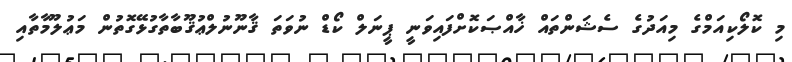
މި ކޮލޯކިއަމްގެ މިއަދުގެ ސެޝަންތައް ޚާއްޞަކޮށްފައިވަނީ ޕީނަލް ކޯޑް ނުވަތަ ޤާނޫނުލްޢުޤޫބާތާގުޅޭގޮތުން މަޢުލޫމާތާއި